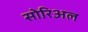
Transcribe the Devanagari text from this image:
सोरिअल